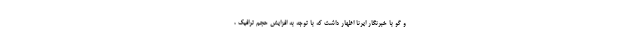
و گو با خبرنگار ایرنا اظهار داشت که با توجه به افزایش حجم ترافیک ،